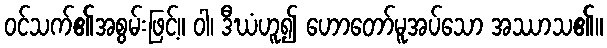
ဝင်သက်၏အစွမ်းဖြင့်။ ဝါ၊ ဒီဃံဟူ၍ ဟောတော်မူအပ်သော အဿာသ၏။